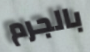
بالجرم